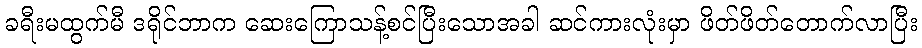
ခရီးမထွက်မီ ဒရိုင်ဘာက ဆေးကြောသန့်စင်ပြီးသောအခါ ဆင်ကားလုံးမှာ ဖိတ်ဖိတ်တောက်လာပြီး